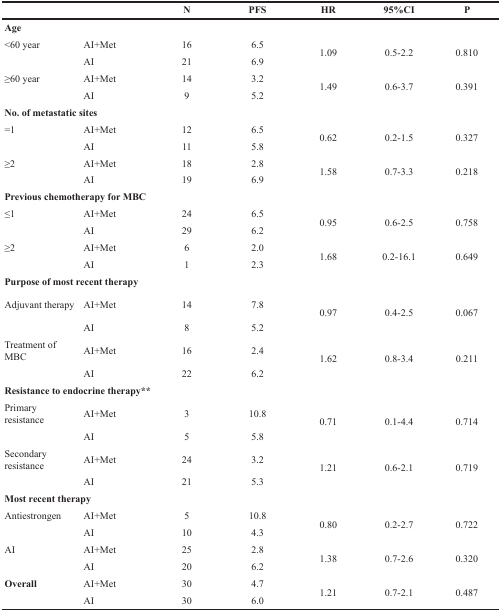
<table><thead><tr><td colspan="2"></td><td><b>N</b></td><td><b>PFS</b></td><td><b>HR</b></td><td><b>95%CI</b></td><td><b>P</b></td></tr></thead><tbody><tr><td colspan="7"><b>Age</b></td></tr><tr><td>&lt;60 year</td><td>AI+Met</td><td>16</td><td>6.5</td><td rowspan="2">1.09</td><td rowspan="2">0.5-2.2</td><td rowspan="2">0.810</td></tr><tr><td></td><td>AI</td><td>21</td><td>6.9</td></tr><tr><td>≥60 year</td><td>AI+Met</td><td>14</td><td>3.2</td><td rowspan="2">1.49</td><td rowspan="2">0.6-3.7</td><td rowspan="2">0.391</td></tr><tr><td></td><td>AI</td><td>9</td><td>5.2</td></tr><tr><td colspan="7"><b>No. of metastatic sites</b></td></tr><tr><td>=1</td><td>AI+Met</td><td>12</td><td>6.5</td><td rowspan="2">0.62</td><td rowspan="2">0.2-1.5</td><td rowspan="2">0.327</td></tr><tr><td></td><td>AI</td><td>11</td><td>5.8</td></tr><tr><td>≥2</td><td>AI+Met</td><td>18</td><td>2.8</td><td rowspan="2">1.58</td><td rowspan="2">0.7-3.3</td><td rowspan="2">0.218</td></tr><tr><td></td><td>AI</td><td>19</td><td>6.9</td></tr><tr><td colspan="7"><b>Previous chemotherapy for MBC</b></td></tr><tr><td>≤1</td><td>AI+Met</td><td>24</td><td>6.5</td><td rowspan="2">0.95</td><td rowspan="2">0.6-2.5</td><td rowspan="2">0.758</td></tr><tr><td></td><td>AI</td><td>29</td><td>6.2</td></tr><tr><td>≥2</td><td>AI+Met</td><td>6</td><td>2.0</td><td rowspan="2">1.68</td><td rowspan="2">0.2-16.1</td><td rowspan="2">0.649</td></tr><tr><td></td><td>AI</td><td>1</td><td>2.3</td></tr><tr><td colspan="7"><b>Purpose of most recent therapy</b></td></tr><tr><td>Adjuvant therapy</td><td>AI+Met</td><td>14</td><td>7.8</td><td rowspan="2">0.97</td><td rowspan="2">0.4-2.5</td><td rowspan="2">0.067</td></tr><tr><td></td><td>AI</td><td>8</td><td>5.2</td></tr><tr><td>Treatment of MBC</td><td>AI+Met</td><td>16</td><td>2.4</td><td rowspan="2">1.62</td><td rowspan="2">0.8-3.4</td><td rowspan="2">0.211</td></tr><tr><td></td><td>AI</td><td>22</td><td>6.2</td></tr><tr><td colspan="7"><b>Resistance to endocrine therapy<sup>**</sup></b></td></tr><tr><td>Primary resistance</td><td>AI+Met</td><td>3</td><td>10.8</td><td rowspan="2">0.71</td><td rowspan="2">0.1-4.4</td><td rowspan="2">0.714</td></tr><tr><td></td><td>AI</td><td>5</td><td>5.8</td></tr><tr><td>Secondary resistance</td><td>AI+Met</td><td>24</td><td>3.2</td><td rowspan="2">1.21</td><td rowspan="2">0.6-2.1</td><td rowspan="2">0.719</td></tr><tr><td></td><td>AI</td><td>21</td><td>5.3</td></tr><tr><td colspan="7"><b>Most recent therapy</b></td></tr><tr><td>Antiestrongen</td><td>AI+Met</td><td>5</td><td>10.8</td><td rowspan="2">0.80</td><td rowspan="2">0.2-2.7</td><td rowspan="2">0.722</td></tr><tr><td></td><td>AI</td><td>10</td><td>4.3</td></tr><tr><td>AI</td><td>AI+Met</td><td>25</td><td>2.8</td><td rowspan="2">1.38</td><td rowspan="2">0.7-2.6</td><td rowspan="2">0.320</td></tr><tr><td></td><td>AI</td><td>20</td><td>6.2</td></tr><tr><td><b>Overall</b></td><td>AI+Met</td><td>30</td><td>4.7</td><td rowspan="2">1.21</td><td rowspan="2">0.7-2.1</td><td rowspan="2">0.487</td></tr><tr><td></td><td>AI</td><td>30</td><td>6.0</td></tr></tbody></table>